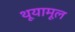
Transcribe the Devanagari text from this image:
थूयामूल